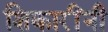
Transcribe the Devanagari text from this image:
शिकारींनी